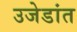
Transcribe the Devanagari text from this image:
उजेडांत